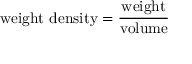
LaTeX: { \mathrm { w e i g h t ~ d e n s i t y } } = { \frac { \mathrm { w e i g h t } } { \mathrm { v o l u m e } } }